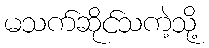
မသက်ဆိုင်သကဲ့သို့